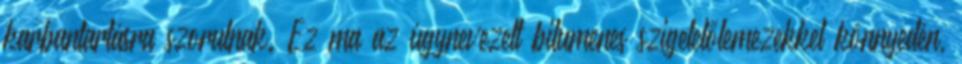
karbantartásra szorulnak. Ez ma az úgynevezett bitumenes szigetelőlemezekkel könnyedén,